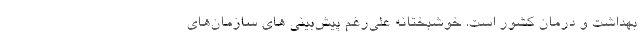
بهداشت و درمان کشور است. خوشبختانه علی‌رغم پیش‌بینی های سازمان‌های